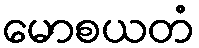
မောစယတံ